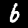
Digit: 6